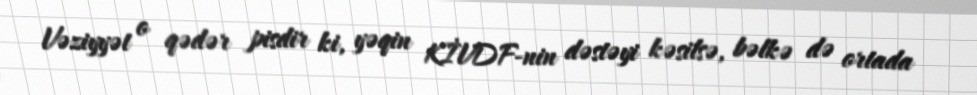
Vəziyyət o qədər pisdir ki, yəqin KİVDF-nin dəstəyi kəsilsə, bəlkə də ortada